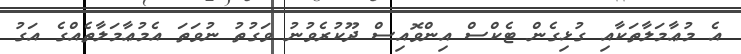
އެ މުޢާމަލާތަކާއި ގުޅިގެން ޓެކްސް އިންވޮއިސް ދޫކުރެވުނު ވަގުތު ނުވަތަ އެމުޢާމަލާތެއްގެ އަގު